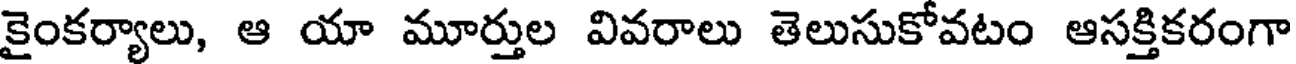
కైంకర్యాలు, ఆ యా మూర్తుల వివరాలు తెలుసుకోవటం ఆసక్తికరంగా